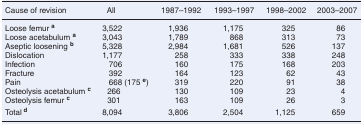
<table><thead><tr><td><b>Cause of revision</b></td><td><b>All</b></td><td><b>1987–1992</b></td><td><b>1993–1997</b></td><td><b>1998–2002</b></td><td><b>2003–2007</b></td></tr></thead><tbody><tr><td>Loose femur <b><sup>a</sup></b></td><td>3,522</td><td>1,936</td><td>1,175</td><td>325</td><td>86</td></tr><tr><td>Loose acetabulum <b><sup>a</sup></b></td><td>3,043</td><td>1,789</td><td>868</td><td>313</td><td>73</td></tr><tr><td>Aseptic loosening <b><sup>b</sup></b></td><td>5,328</td><td>2,984</td><td>1,681</td><td>526</td><td>137</td></tr><tr><td>Dislocation</td><td>1,177</td><td>258</td><td>333</td><td>338</td><td>248</td></tr><tr><td>Infection</td><td>706</td><td>160</td><td>175</td><td>168</td><td>203</td></tr><tr><td>Fracture</td><td>392</td><td>164</td><td>123</td><td>62</td><td>43</td></tr><tr><td>Pain</td><td>668 (175 <b><sup>e</sup></b>)</td><td>319</td><td>220</td><td>91</td><td>38</td></tr><tr><td>Osteolysis acetabulum <b><sup>c</sup></b></td><td>266</td><td>130</td><td>109</td><td>23</td><td>4</td></tr><tr><td>Osteolysis femur <b><sup>c</sup></b></td><td>301</td><td>163</td><td>109</td><td>26</td><td>3</td></tr><tr><td>Total <sup><b>d</b></sup></td><td>8,094</td><td>3,806</td><td>2,504</td><td>1,125</td><td>659</td></tr></tbody></table>